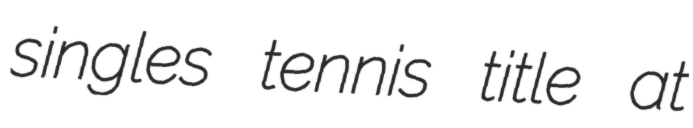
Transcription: singles tennis title at